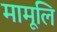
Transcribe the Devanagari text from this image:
मामूलि